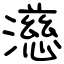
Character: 濨